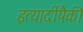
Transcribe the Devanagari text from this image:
इत्यादींपैकी